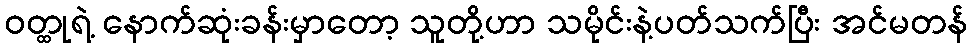
ဝတ္ထုရဲ့ နောက်ဆုံးခန်းမှာတော့ သူတို့ဟာ သမိုင်းနဲ့ပတ်သက်ပြီး အင်မတန်